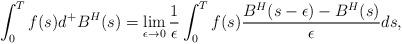
LaTeX: \begin{align*}\int^{T}_{0} f(s) d^{+}B^H(s) = \displaystyle \lim_{\epsilon \rightarrow 0} \frac{1}{\epsilon } \int^{T}_{0} f(s) \frac{B^H(s- \epsilon ) - B^H(s)}{\epsilon} ds,\end{align*}